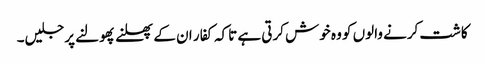
کاشت کرنے والوں کو وہ خوش کرتی ہے تاکہ کفار ان کے پھلنے پھولنے پر جلیں۔